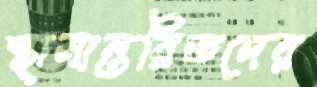
স্থানান্তরিতদের